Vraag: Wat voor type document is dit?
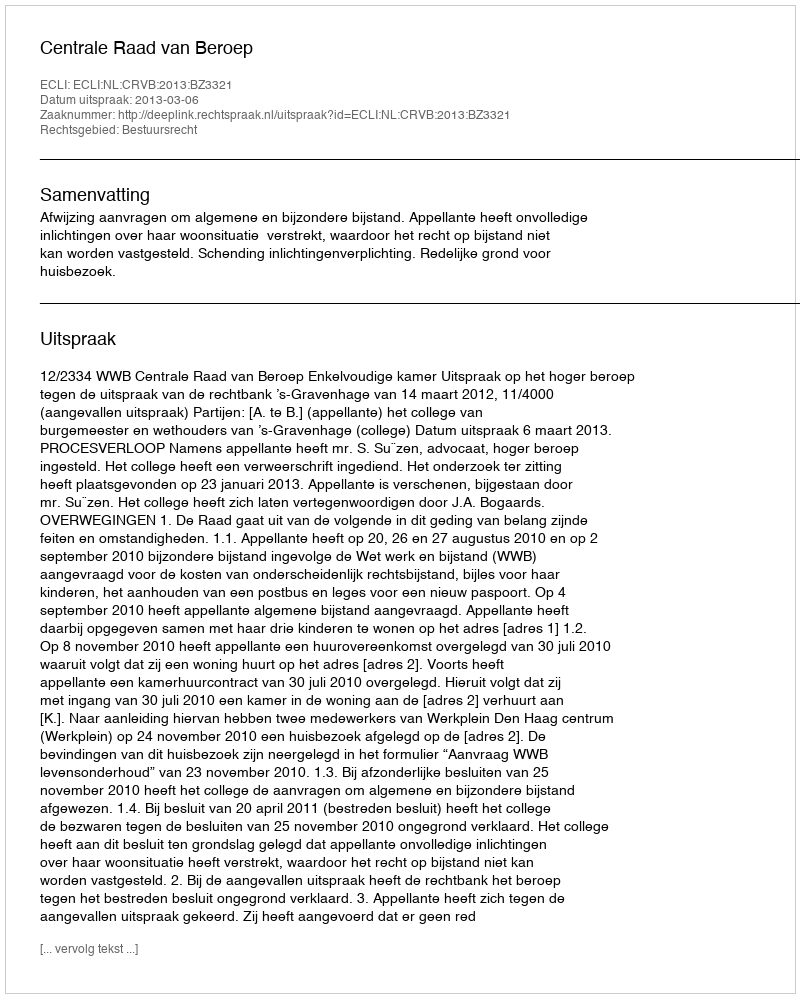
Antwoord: Uitspraak